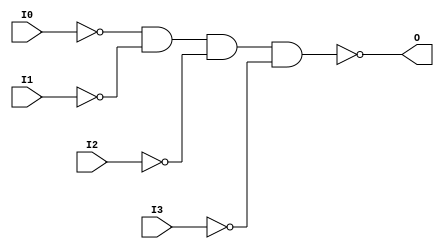
// $Header: /devl/xcs/repo/env/Databases/CAEInterfaces/verunilibs/data/unisims/NAND4B4.v,v 1.5.158.1 2007/03/09 18:13:10 patrickp Exp $
///////////////////////////////////////////////////////////////////////////////
// Copyright (c) 1995/2004 Xilinx, Inc.
// All Right Reserved.
///////////////////////////////////////////////////////////////////////////////
//   ____  ____
//  /   /\/   /
// /___/  \  /    Vendor : Xilinx
// \   \   \/     Version : 8.1i (I.13)
//  \   \         Description : Xilinx Functional Simulation Library Component
//  /   /                  4-input NAND Gate
// /___/   /\     Filename : NAND4B4.v
// \   \  /  \    Timestamp : Thu Mar 25 16:42:57 PST 2004
//  \___\/\___\
//
// Revision:
//    03/23/04 - Initial version.
// End Revision

`timescale  100 ps / 10 ps


module NAND4B4 (O, I0, I1, I2, I3);

    output O;

    input  I0, I1, I2, I3;

    not N3 (i3_inv, I3);
    not N2 (i2_inv, I2);
    not N1 (i1_inv, I1);
    not N0 (i0_inv, I0);
    nand A1 (O, i0_inv, i1_inv, i2_inv, i3_inv);


endmodule